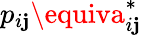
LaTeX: p_{i\mathbf{j}}\equiva_{i\mathbf{j}}^{*}